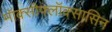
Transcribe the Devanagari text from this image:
मॉक्सीफ्लॉक्सासिन